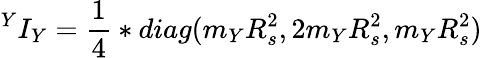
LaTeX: {^Y}I_{Y}={\frac{1}{4}}*diag(m_{Y}R_{s}^{2},2m_{Y}R_{s}^{2},m_{Y}R_{s}^{2})